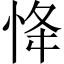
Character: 𢘸